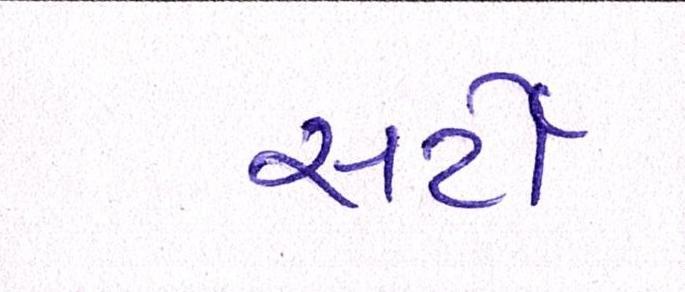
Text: સર્ટી